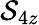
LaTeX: \mathcal{S}_{4z}